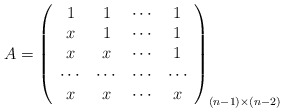
\begin{align*}A = \left(\begin{array}{cccc} 1 & 1 & \cdots & 1 \\ x & 1 & \cdots & 1 \\ x & x & \cdots & 1 \\ \cdots & \cdots & \cdots & \cdots \\ x & x & \cdots & x \\\end{array}\right)_{(n-1)\times(n-2)}\end{align*}